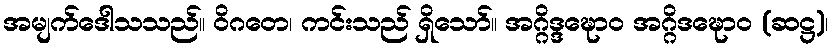
အမျက်ဒေါသသည်။ ဝိဂတေ၊ ကင်းသည် ရှိသော်။ အဂ္ဂိဒ္ဒဍ္ဎောဝ အဂ္ဂိဒဍ္ဎောဝ (ဆဋ္ဌ)၊